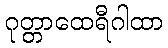
ဂုတ္တာထေရီဂါထာ